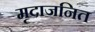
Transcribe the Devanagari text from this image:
मृदाजनित